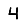
Digit: 4